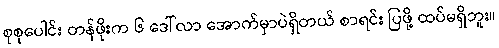
စုစုပေါင်း တန်ဖိုးက ၆ ဒေါ်လာ အောက်မှာပဲရှိတယ် စာရင်း ပြဖို့ ထပ်မရှိဘူး။